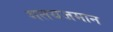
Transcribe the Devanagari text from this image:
गतयजमान